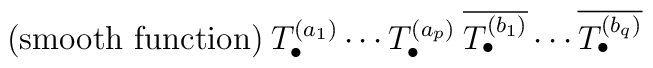
{\mbox{(smooth function)}} \:T^{(a_1)}_\bullet \cdots T^{(a_p)}_\bullet \:\overline{T^{(b_1)}_\bullet} \cdots \overline{T^{(b_q)}_\bullet}